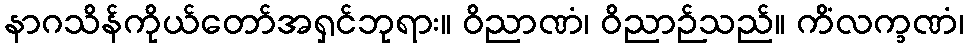
နာဂသိန်ကိုယ်တော်အရှင်ဘုရား။ ဝိညာဏံ၊ ဝိညာဉ်သည်။ ကိံလက္ခဏံ၊